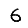
Digit: 6